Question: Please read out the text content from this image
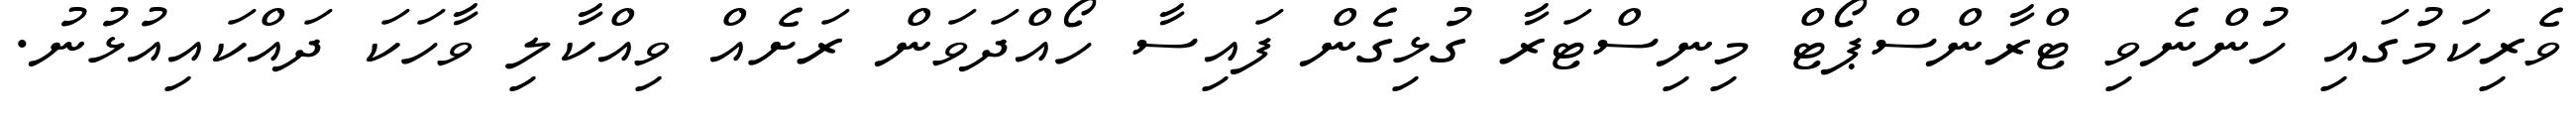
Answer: ވެރިކަމުގައި ހުންނެވި ޓްރާންސްޕޯޓް މިނިސްޓަރާ ގުޅިގެން ފައިސާ ހޯއްދަވަން ރަށެއް ވިއްކާލި ވާހަކަ ދައްކައިއުޅުނު.